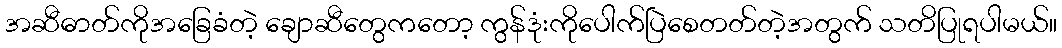
အဆီဓာတ်ကိုအခြေခံတဲ့ ချောဆီတွေကတော့ ကွန်ဒုံးကိုပေါက်ပြဲစေတတ်တဲ့အတွက် သတိပြုရပါမယ်။